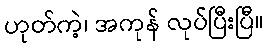
ဟုတ်ကဲ့၊ အကုန် လုပ်ပြီးပြီ။